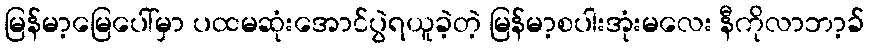
မြန်မာ့မြေပေါ်မှာ ပထမဆုံးအောင်ပွဲရယူခဲ့တဲ့ မြန်မာ့စပါးအုံးမလေး နီကိုလာဘာ့ခ်